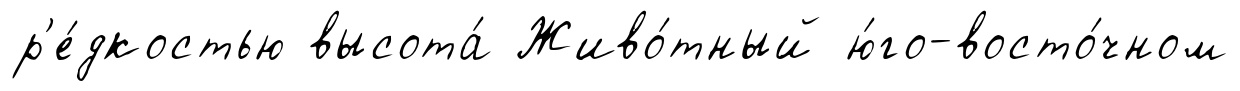
р'е́дкостью высота́ Живо́тный ю́го-восто́чном